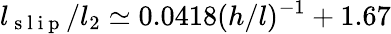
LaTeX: l_{\mathrm{~s~l~i~p~}}/l_{2}\simeq 0.0418(h/l)^{-1}+1.67